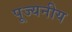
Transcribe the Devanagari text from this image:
पूज्‍यनीय